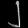
Digit: ၂